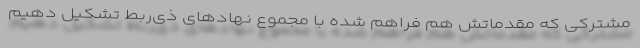
مشترکی که مقدماتش هم فراهم شده با مجموع نهادهای ذی‌ربط تشکیل دهیم